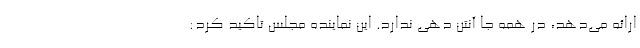
ارائه می‌دهد، در همه جا آنتن دهی ندارد. این نماینده مجلس تاکید کرد: